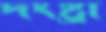
দংষ্ট্রী